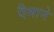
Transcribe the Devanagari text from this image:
पैेमाने